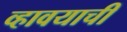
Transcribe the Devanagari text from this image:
व्हावयाची